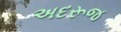
અદરૂજ